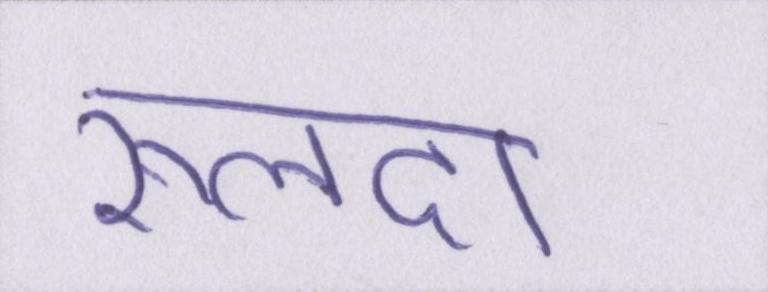
रूलदा